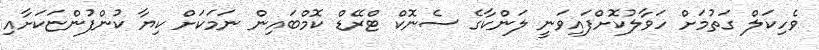
ވެހިކަލް ގަތުމަށް ހަވާލުކޮށްފައިވަނީ ލަންކާގެ ސެނޮކް ޓްރޭޑް ކޮމްބައިން ނަމަކަށް ކިޔާ ކުންފުންޏަކަށާއި